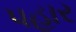
પહાર